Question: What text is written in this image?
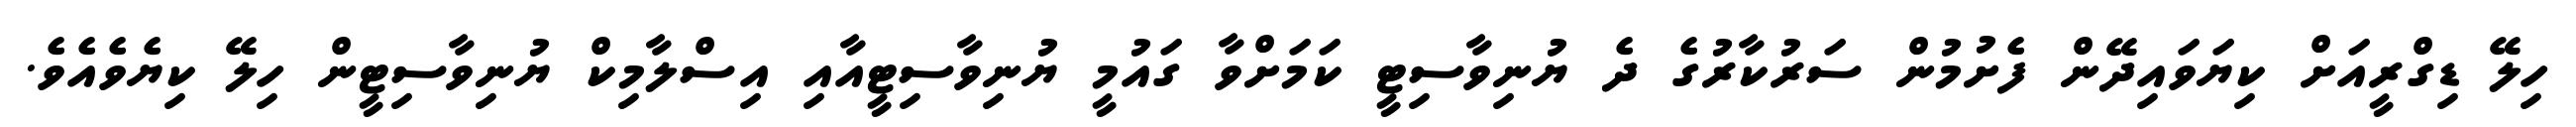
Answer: ހިލޭ ޑިގްރީއަށް ކިޔަވައިދޭން ފެށުމުން ސަރުކާރުގެ ދެ ޔުނިވާސިޓީ ކަމަށްވާ ގައުމީ ޔުނިވާސިޓީއާއި އިސްލާމިކް ޔުނިވާސިޓީން ހިލޭ ކިޔެވެއެވެ.